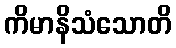
ကိမာနိသံသောတိ